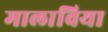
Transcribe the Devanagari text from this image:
मालाविया